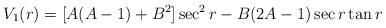
\begin{align*}V_1(r)=[A(A-1)+B^2]\sec^2{r}-B(2A-1)\sec{r}\tan{r}\end{align*}